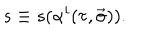
s \equiv s ( \alpha ^ { i } ( \tau , \vec { \sigma } ) ) .